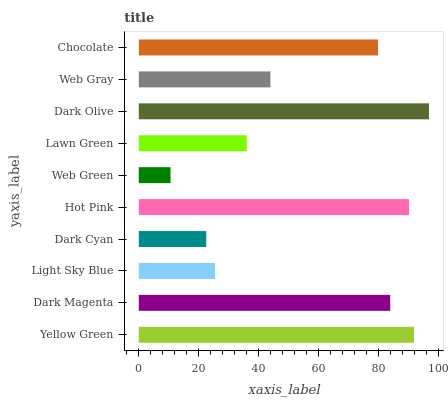
| yaxis_label | bars |
 | --- | --- |
 | Yellow Green | 91.9 |
 | Dark Magenta | 84 |
 | Light Sky Blue | 25.5 |
 | Dark Cyan | 22.5 |
 | Hot Pink | 90.2 |
 | Web Green | 10.6 |
 | Lawn Green | 36 |
 | Dark Olive | 96.9 |
 | Web Gray | 43.9 |
 | Chocolate | 79.9 |